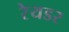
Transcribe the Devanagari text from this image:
रेयडर